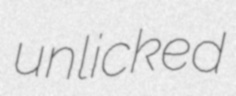
unlicked